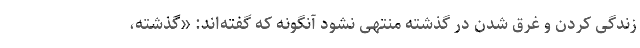
زندگی کردن و غرق شدن در گذشته منتهی نشود آنگونه که گفته‌اند: «گذشته،